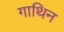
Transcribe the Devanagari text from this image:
गाथिन